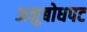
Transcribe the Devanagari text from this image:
अनुबोधपट